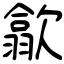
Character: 歙